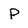
Character: P